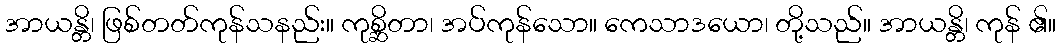
အာယန္တိ၊ ဖြစ်တတ်ကုန်သနည်း။ ကုစ္ဆိတာ၊ အပ်ကုန်သော။ ကေသာဒယော၊ တို့သည်။ အာယန္တိ၊ ကုန် ၏။